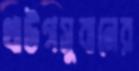
থাউগসুবানের